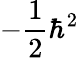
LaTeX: -{\frac{1}{2}}\hbar^{2}